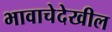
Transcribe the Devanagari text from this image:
भावाचेदेखील